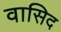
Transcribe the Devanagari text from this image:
वासिद